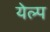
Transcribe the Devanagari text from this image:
येल्प